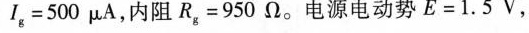
$$I_{g}=500\mu A$$，内阻$$R_{g}=950Ω$$。电源电动势$$E=1.5V$$，